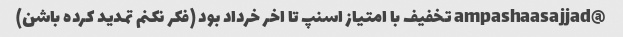
@ampashaasajjad تخفیف با امتیاز اسنپ تا اخر خرداد بود (فکر نکنم تمدید کرده باشن)